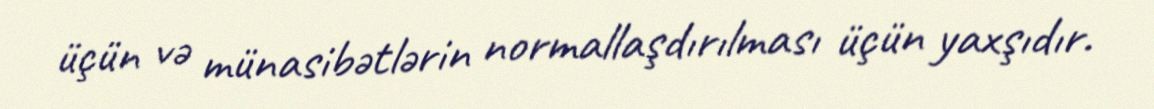
üçün və münasibətlərin normallaşdırılması üçün yaxşıdır.